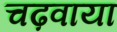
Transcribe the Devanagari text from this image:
चढ़वाया